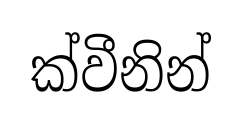
ක්වීනින්